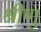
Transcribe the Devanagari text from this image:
श्रीणु